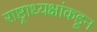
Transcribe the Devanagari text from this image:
राष्ट्राध्यक्षांकडून